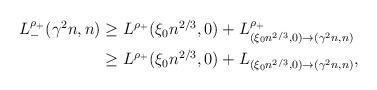
LaTeX: \begin{align*}\begin{aligned}L^{\rho_+}_{-}(\gamma^2 n,n) &\geq L^{\rho_+}(\xi_0 n^{2/3},0)+L^{\rho_+}_{(\xi_0 n^{2/3},0)\to (\gamma^2 n,n)}\\&\geq L^{\rho_+}(\xi_0 n^{2/3},0)+L_{(\xi_0 n^{2/3},0)\to (\gamma^2 n,n)},\end{aligned}\end{align*}